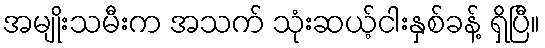
အမျိုးသမီးက အသက် သုံးဆယ့်ငါးနှစ်ခန့် ရှိပြီ။